Civil Veterinary Dept. Assam report 1911-1927 - 1911-1927
Year: 1911
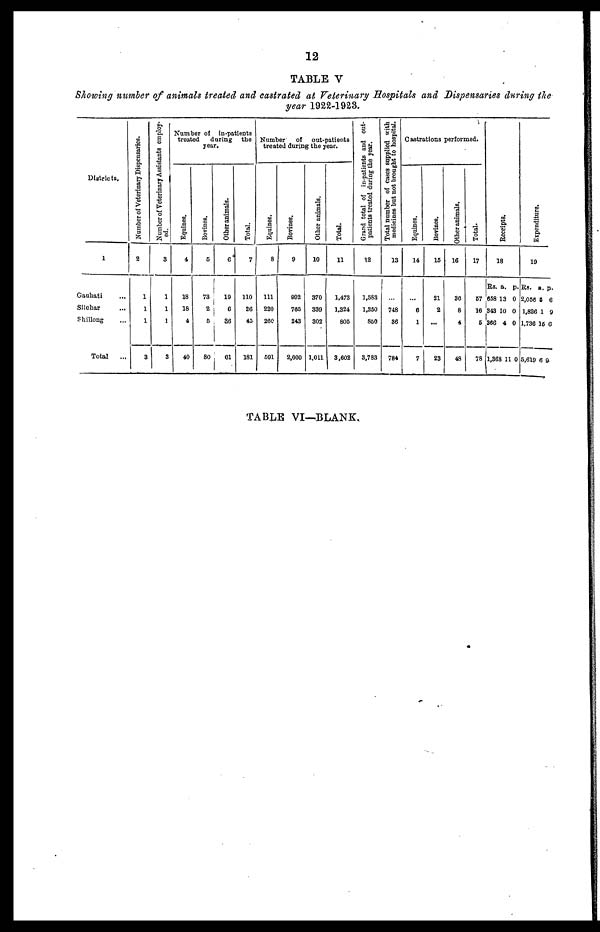
12
TABLE V
Showing number of animals treated and castrated at Veterinary Hospitals and Dispensaries during the
year 1922-1923.
Districts.
1
Gauhati ...
Silchar ...
Shillong ...
Total
...
Number of Veterinary Dispensaries.
2
1
1
1
3
Number of Veterinary Assistants employ-
ed.
3
1
1
1
3
Number of in-patients
treated
during
the
year.
Equines.
4
18
18
4
40
Bovines.
5
73
2
5
80
Other animals.
6
|
19
6
36
61
Total.
7
110
26
45
181
Number
of out-patients
treated during the year.
Equines.
8
111
220
260
501
Bovines.
9
802
765
243
2,000
Other animals.
10
370
339
302
1,011
Total.
11
1,473
1,324
805
3,602
Grand total of in-patients and out-
patients treated during the year.
12
1,583
1,350
850
3,783
Total number of cases supplied with
medicines but not brought to hospital.
13
...
748
36
784
Castrations performed.
Equines.
14
...
6
1
7
Bovines.
15
21
2
...
23
Other animals.
16
36
8
4
48
Total.
17
57
16
5
78
Receipts.
18
Rs.
658
343
366
1,368
a.
13
10
4
11
p.
0
0
0
0
Expenditure.
19
Rs.
2,056
1,826
1,736
5,619
a.
5
1
15
6
p.
6
9
6
9
TABLE VI—BLANK,